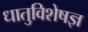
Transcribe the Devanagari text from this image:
धातुविशेषज्ञ